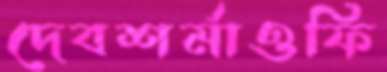
দেবশর্মাওফি